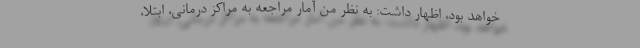
خواهد بود، اظهار داشت: به نظر من آمار مراجعه به مراکز درمانی، ابتلا،